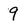
Character: 9